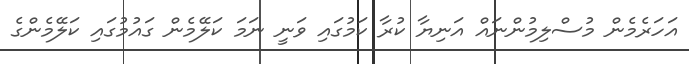
އަހަރެމެން މުސްލިމުންނައް އަނިޔާ ކުރާ ކަމުގައި ވަނީ ނަމަ ކަލޭމެން ގައުމުގައި ކަލޭމެންގެ